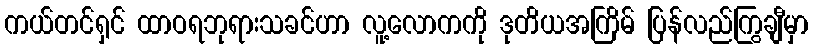
ကယ်တင်ရှင် ထာဝရဘုရားသခင်ဟာ လူ့လောကကို ဒုတိယအကြိမ် ပြန်လည်ကြွချီမှာ